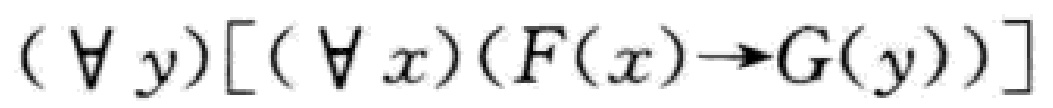
$(\forall y)[(\forall x)(F(x)\rightarrow G(y))]$